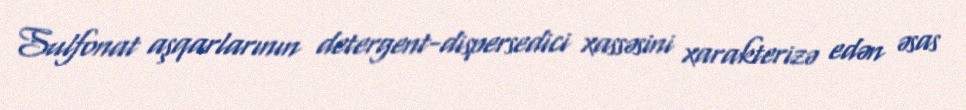
Sulfonat aşqarlarının detergent-dispersedici xassəsini xarakterizə edən əsas